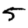
Digit: 5